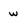
Character: w